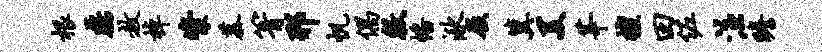
根磊赦棹粢慕箐邢帆偶敕幡湫屐冀美莘擅田佐注瞻